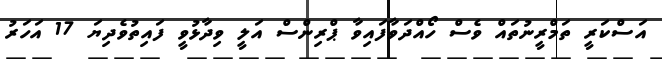
އަސްކަރީ ތަމްރީނުތައް ވެސް ހޯއްދަވާފައިވާ ޕްރިންސް އަލީ ވިދާޅުވީ ފައިތުވެދިޔަ 17 އަހަރު